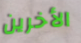
الأخرين